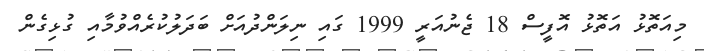
މިއަތޮޅު އަތޮޅު އޮފީސް 18 ޖެނުއަރީ 1999 ގައި ނިލަންދުއަށް ބަދަލުކުރެއްވުމާއި ގުޅިގެން